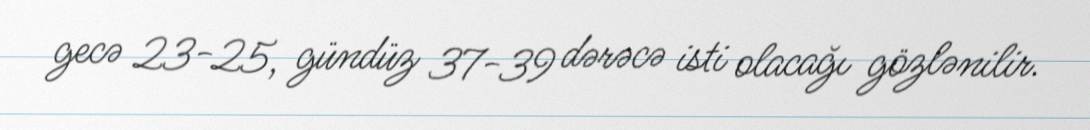
gecə 23-25, gündüz 37-39 dərəcə isti olacağı gözlənilir.